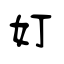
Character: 奵